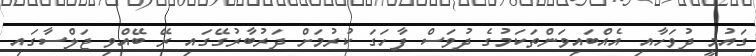
ގައުމީ ދުވަހާއި އެއްބައިވަންތަކަމުގެ ދުވަސް ފާހަގަ ކުރުމަށް ދަރުބާރުގޭގައި ރޭ ބޭއްވި ޖަލްސާގައި